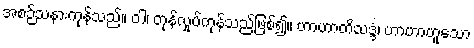
အစဉ်သနားကုန်သည်။ ဝါ၊ တုန်လှုပ်ကုန်သည်ဖြစ်၍။ ဟာဟာတိသဒ္ဒံ၊ ဟာဟာဟူသော